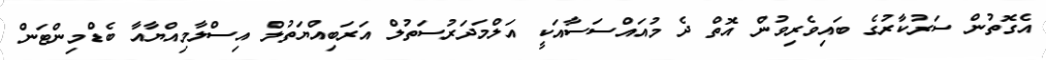
އެގޮތުން ސަރުކާރުގެ ބައިވެރިވުން އޮތް ދެ މުއައްސަސާއަކީ އަލްމަދަރުސަތުލް އަރަބިއްޔަތުލް އިސްލާމިއްޔާއާ ބެޑްމިންޓަން